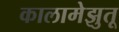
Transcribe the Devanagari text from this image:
कालामेझुतू